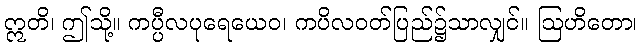
ဣတိ၊ ဤသို့။ ကပ္ပီလပုရေယေဝ၊ ကပိလဝတ်ပြည်၌သာလျှင်။ ဩဟိတော၊